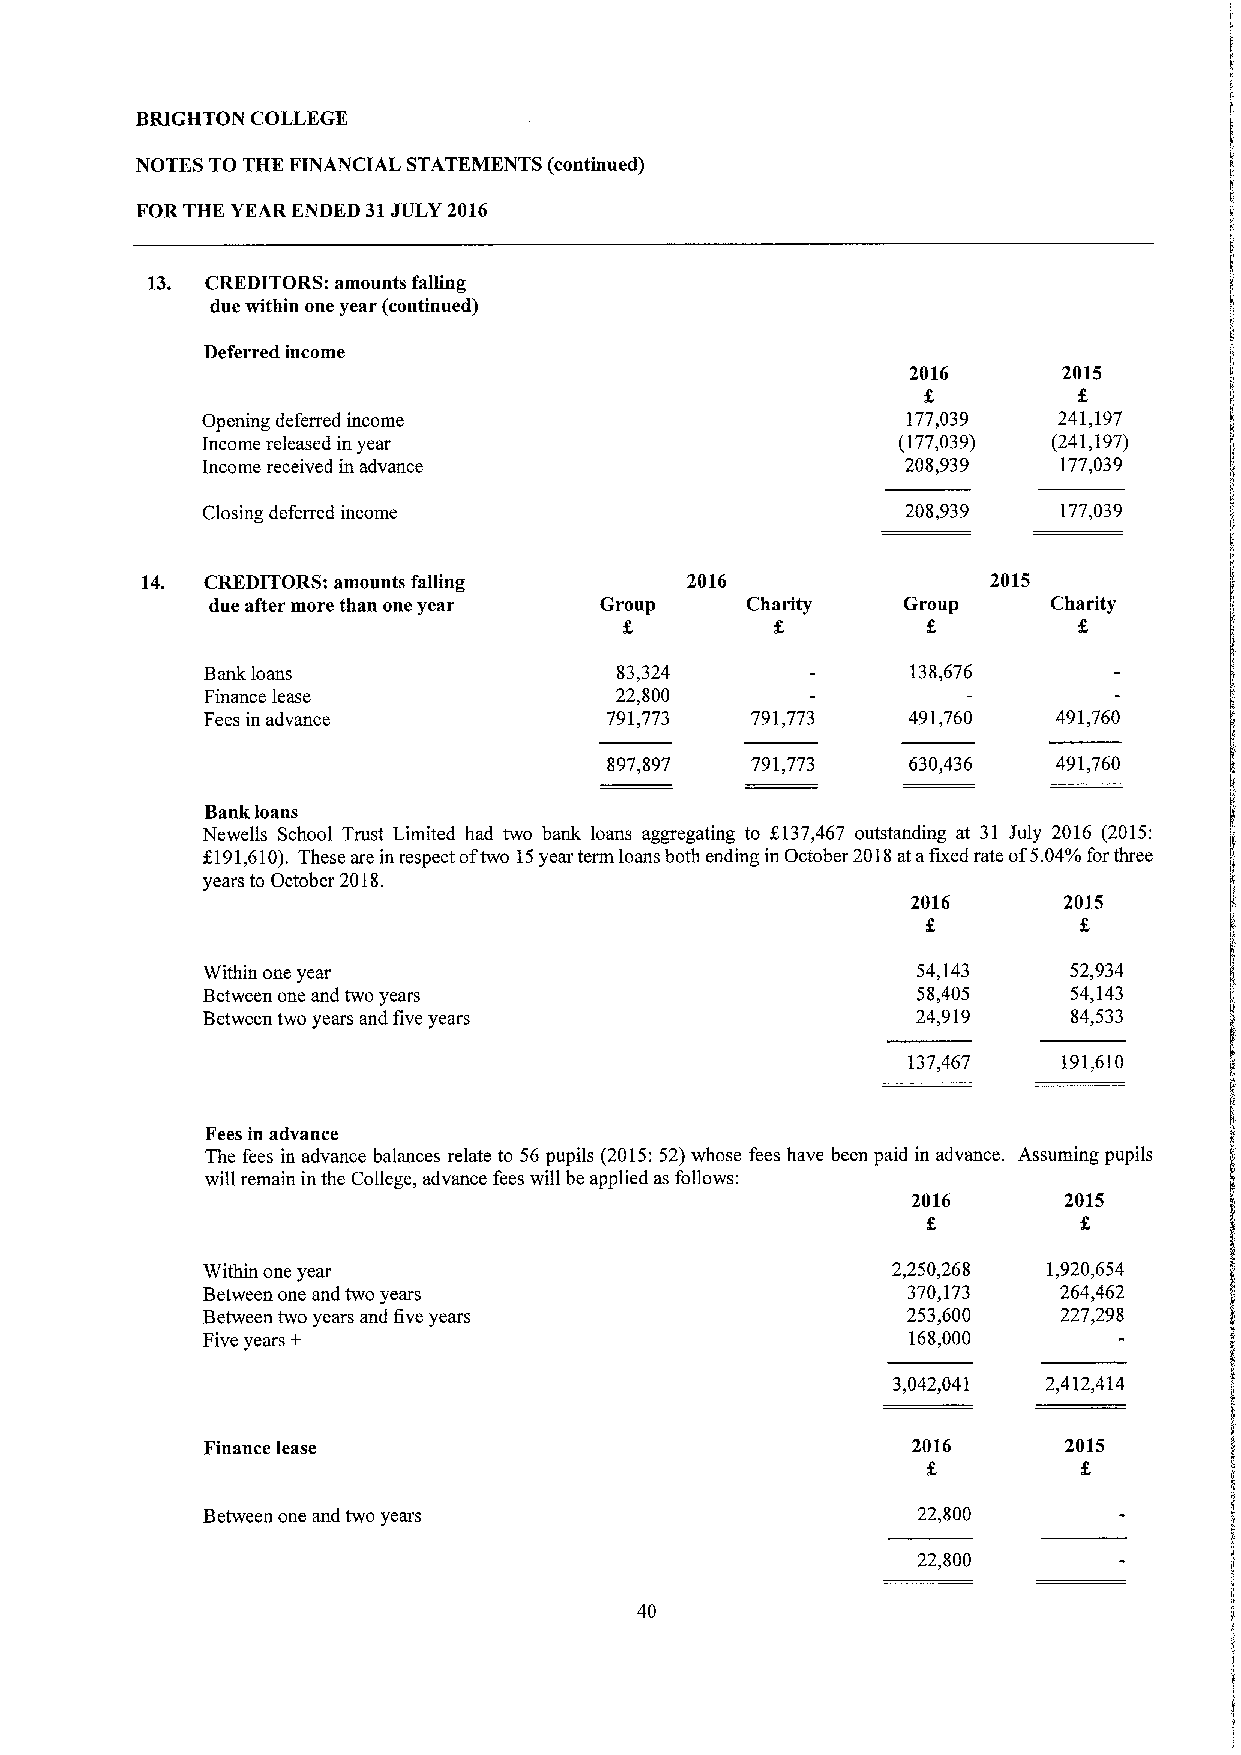
BRIGHTON COLLEGE
 NOTES TO THE FINANCIAL STATEMENTS (continued)
 FOR THK YEAR ENDED 31JULY 2016
 13. CREDITORS: amounts falling
 due within one year (continued)
 Deferred income
 2016      2015
 Opening deferred income                        177,039   241,197
 Income released in year                       (177,039)  (241,197)
 Income received in advance                     208,939   177,039
 Closing deferred income                        208,939   177,039
 14.  CREDITORS: amounts falling     2016                 2015
 due after more than one year Group Charity    Group     Charity
 f.
 Bank loans                  83,324             138,676
 Finance lease               22,800
 Fees in advance            791,773   791,773   491,760   491,760
 897,897   791,773   630,436   491,760
 Bank loans
 Newells School Trust Limited had two bank loans aggregating to f.137,467 outstanding at 31 July 2016 (2015:
 K191,610).These are in respect oftwo 15year term loans both ending in October 2018atafixed rate of5.04%for three
 years to October 2018.
 2016      2015
 Within one year                                 54,143    52,934
 Between one and two years                       58,405    54,143
 Between two years and five years                24,919    84,533
 137,467   191,610
 Fees in advance
 The fees in advance balances relate to 56 pupils (2015:52)whose fees have been paid in advance. Assuming pupils
 will remain in the College, advance fees will be applied as follows:
 2016      2015
 Within one year                               2,250,268 1,920,654
 Between one and two years                      370,173   264,462
 Between two years and five years               253,600   227,298
 Five years +                                   168,000
 3,042,041 2,412,414
 Finance lease                                  2016      2015
 Between one and two years                       22,800
 22,800
 40